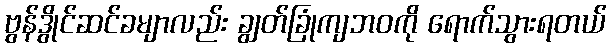
ဗွန်ဒွိုင်ဆင်ခမျာလည်း ချွတ်ခြုံကျဘဝကို ရောက်သွားရတယ်